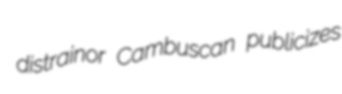
distrainor Cambuscan publicizes